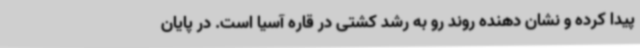
پیدا کرده و نشان دهنده روند رو به رشد کشتی در قاره آسیا است. در پایان